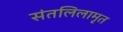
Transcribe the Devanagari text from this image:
संतलिलामृत